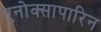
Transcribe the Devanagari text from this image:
एनोक्सापारिन